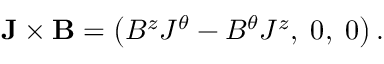
{ \bf { J } } \times { \bf { B } } = \left( { B ^ { z } J ^ { \theta } - B ^ { \theta } J ^ { z } , \; 0 , \; 0 } \right) .